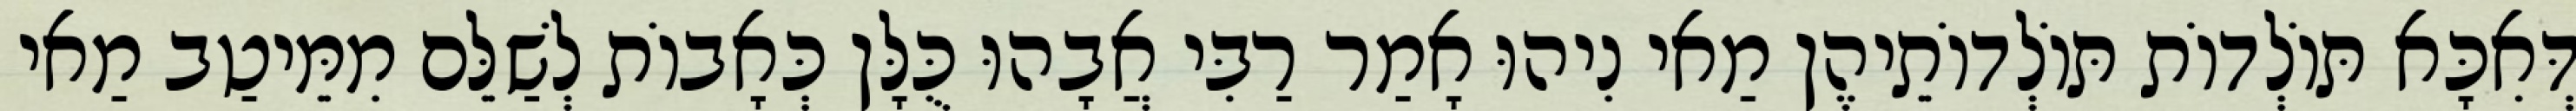
דְּאִכָּא תּוֹלְדוֹת תּוֹלְדוֹתֵיהֶן מַאי נִיהוּ אָמַר רַבִּי אֲבָהוּ כֻּלָּן כְּאָבוֹת לְשַׁלֵּם מִמֵּיטַב מַאי